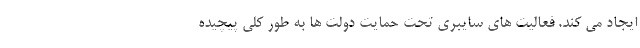
ایجاد می کند. فعالیت های سایبری تحت حمایت دولت ها به طور کلی پیچیده